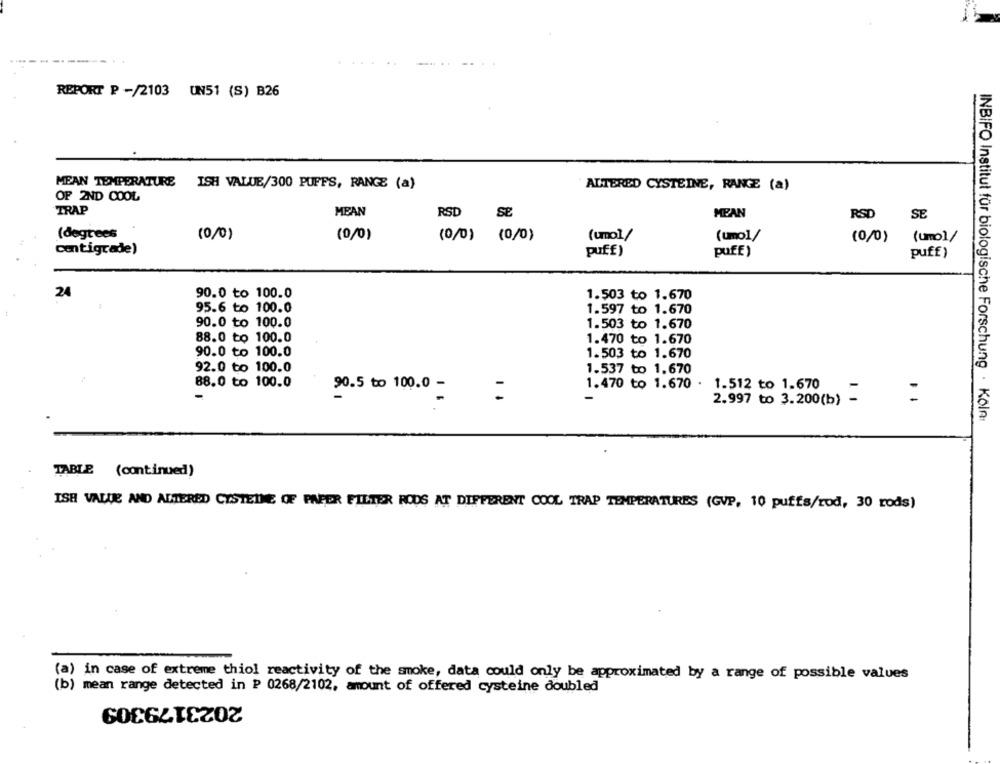
REPORT P -/2103 UN51 (S) B26
MEAN TEMPERATURE ISH VALUE/300 PUFFS, RANGE (a)
ALTERED CYSTEINE, RANGE (a)
OF 2ND COOL
TRAP
MEAN
RSD
SE
MEAN
RSD
SE
(degrees
(0/0)
(0/0)
(0/0) (0/0)
(umol/
(0/0)
(umo]/
(uno)/
Centigrade)
puff)
puff)
puff)
24
90.0 to 100.0
1.503 to 1.670
95.6 to 100.0
1.597 to 1.670
90.0 to 100.0
1.503 to 1.670
88.0 to 100.0
1.470 to 1.670
90.0 to 100.0
1.503 to 1.670
92.0 to 100.0
1.537 to 1.670
88.0 to 100.0
90.5 to 100.0 -
1.470 to 1.670 . 1.512 to 1.670
2.997 to 3.200(b)
INBIFO Institut für biologische Forschung · Köln
TABLE (continued)
ISH VALLE AND ALTERED CYSTEINE OF PAPER FILTER RODS AT DIFFERENT COOL TRAP TEMPERATURES (GVP, 10 puffs/rod, 30 rods)
(a) in case of extreme thiol reactivity of the smoke, data could only be approximated by a range of possible values
(b) mean range detected in P 0268/2102, amount of offered cysteine doubled
2023179309